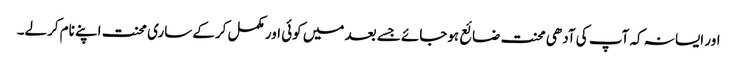
اور ایسا نہ کہ آپ کی آدھی محنت ضائع ہوجائے جسے بعد میں کوئی اور مکمل کرکے ساری محنت اپنے نام کرلے۔